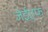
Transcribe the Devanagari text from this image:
जेईएफ